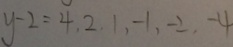
y - 2 = 4 , 2 , 1 , - 1 , - 2 , - 4